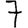
Digit: 7